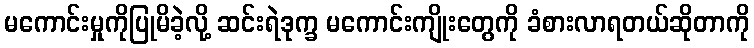
မကောင်းမှုကိုပြုမိခဲ့လို့ ဆင်းရဲဒုက္ခ မကောင်းကျိုးတွေကို ခံစားလာရတယ်ဆိုတာကို